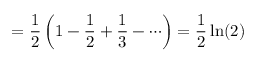
= { \frac { 1 } { 2 } } \left( 1 - { \frac { 1 } { 2 } } + { \frac { 1 } { 3 } } - \cdots \right) = { \frac { 1 } { 2 } } \ln ( 2 )